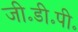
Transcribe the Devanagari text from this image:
जी॰डी॰पी॰